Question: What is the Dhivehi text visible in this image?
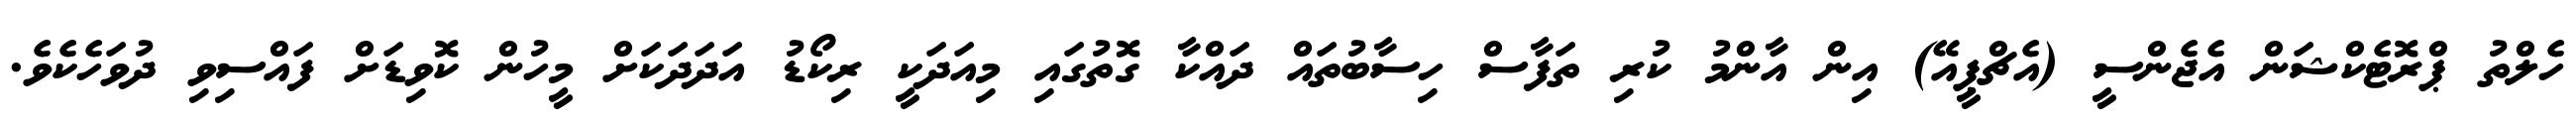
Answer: ހެލްތު ޕްރޮޓެކްޝަން އެޖެންސީ (އެޗްޕީއޭ) އިން އާންމު ކުރި ތަފާސް ހިސާބުތައް ދައްކާ ގޮތުގައި މިއަދަކީ ރިކޯޑު އަދަދަކަށް މީހުން ކޮވިޑަށް ފައްސިވި ދުވަހެކެވެ.